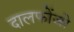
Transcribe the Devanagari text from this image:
दालफोंजो